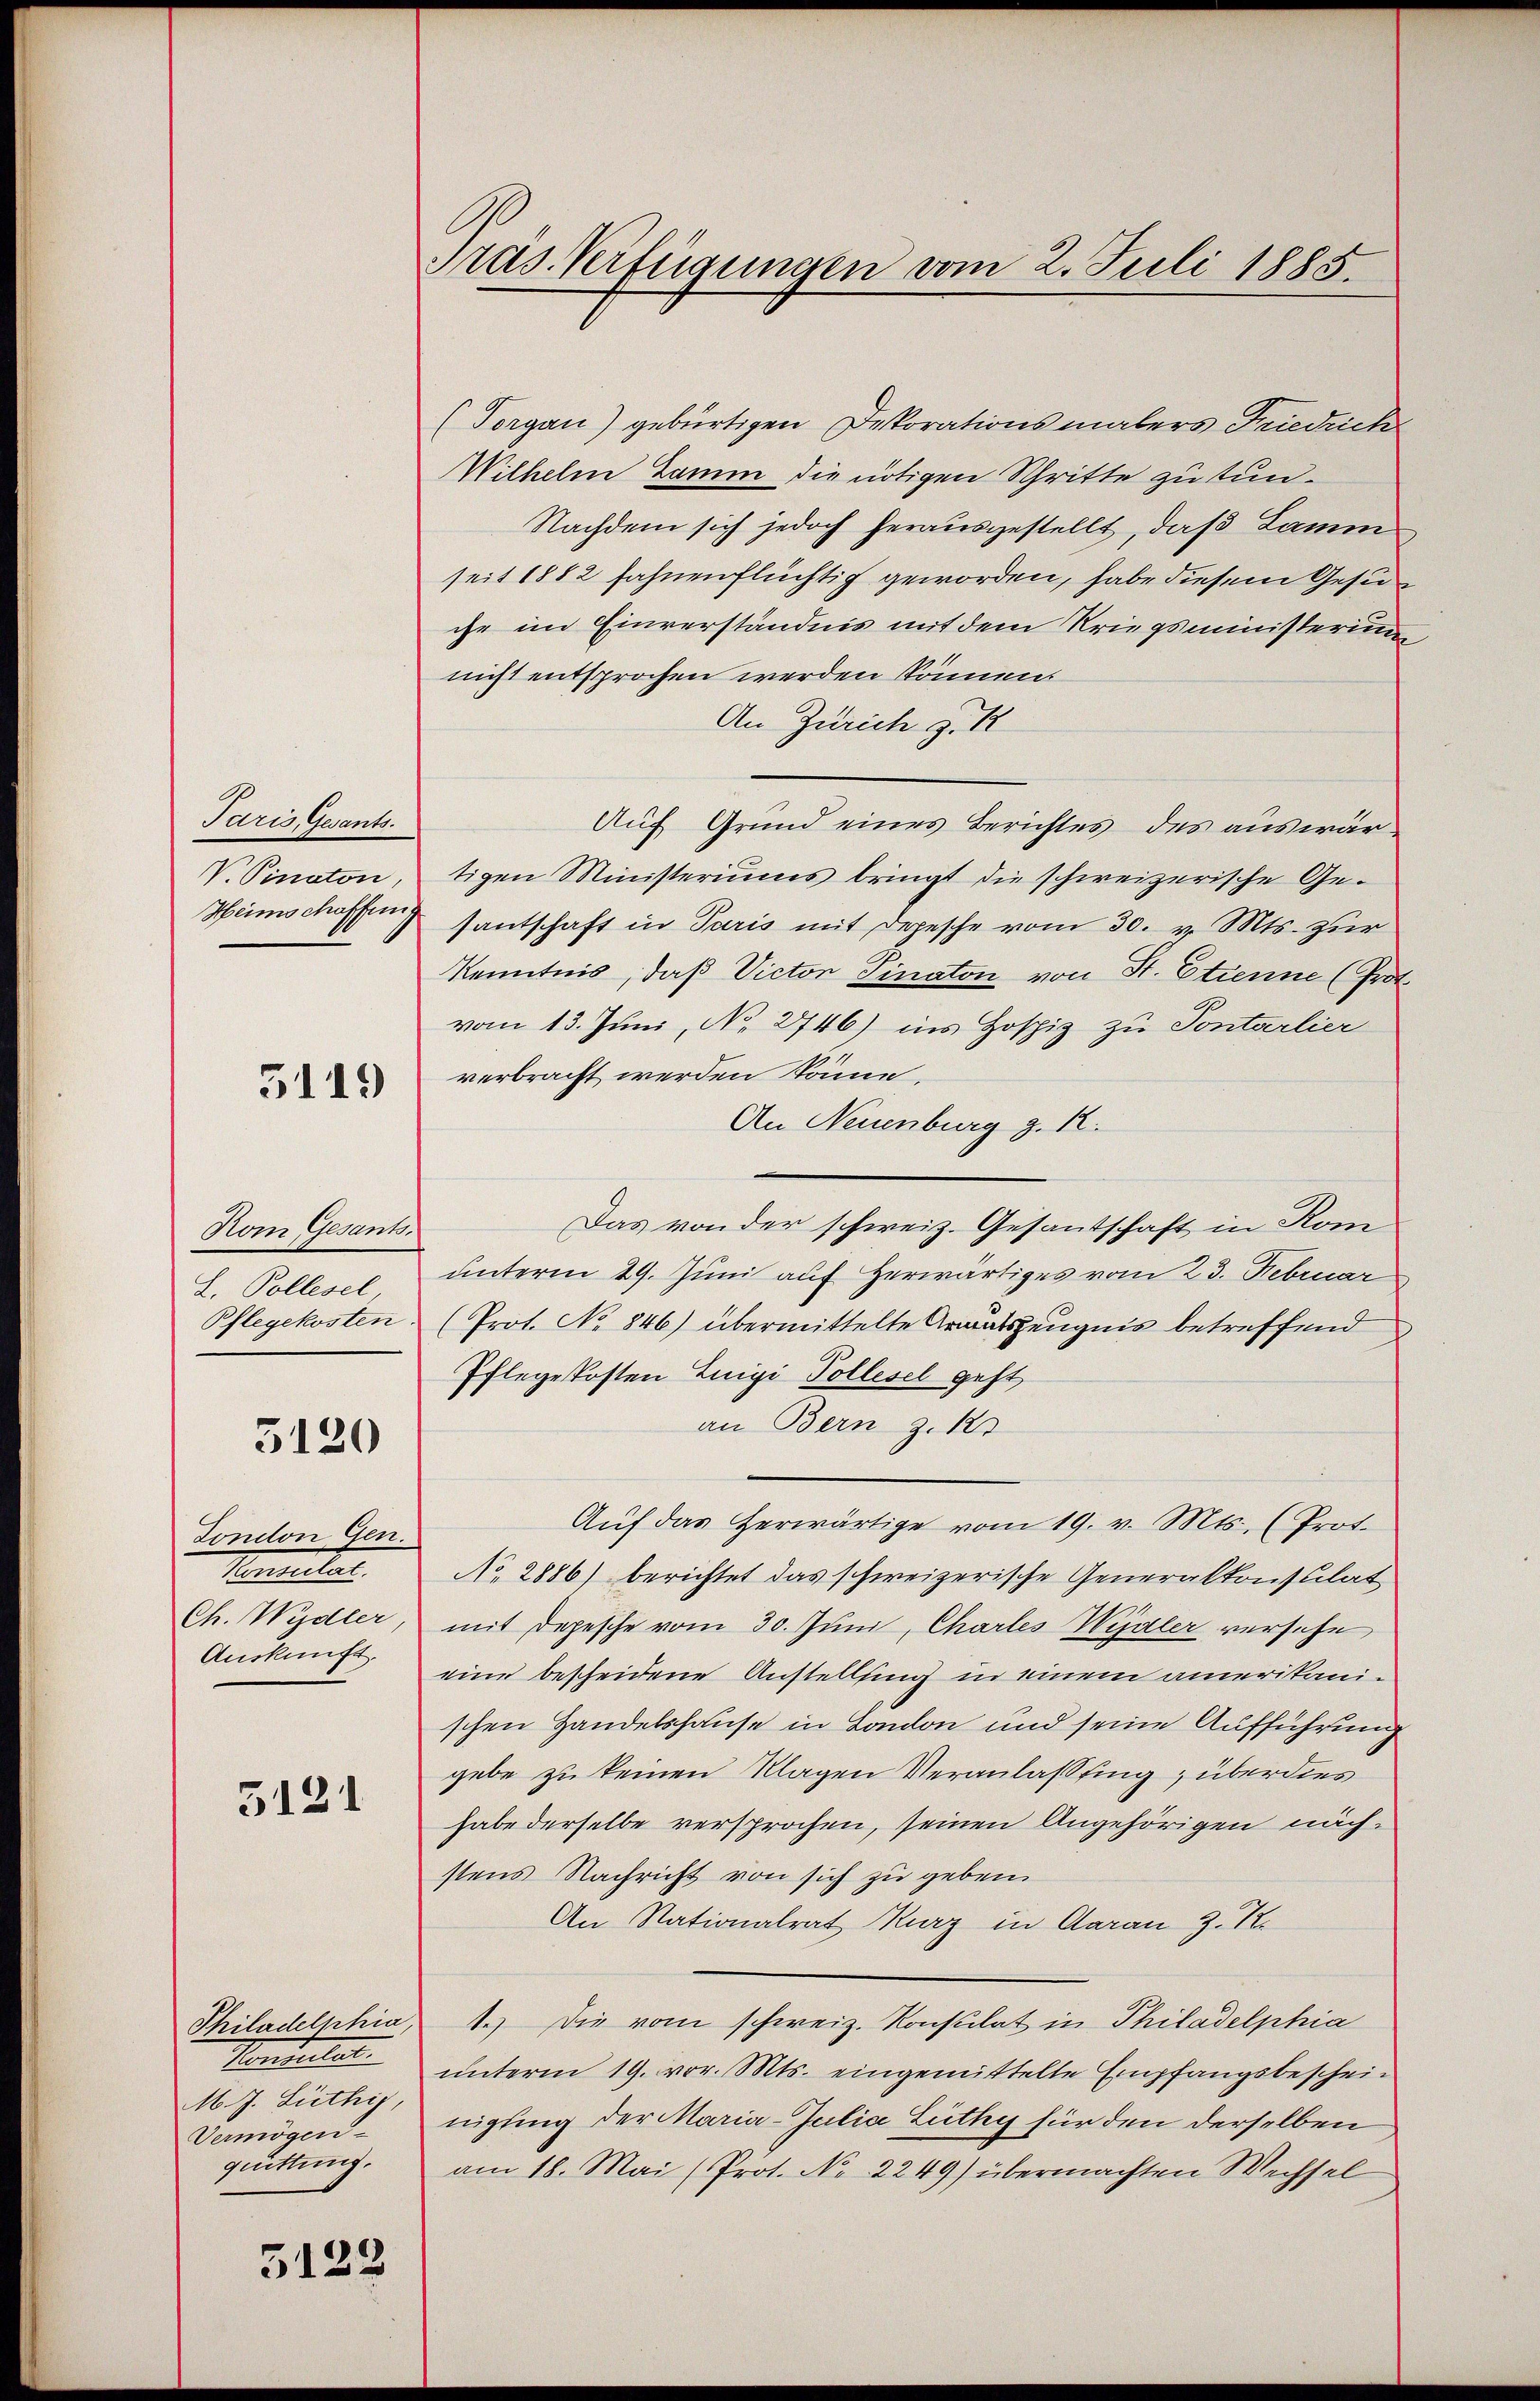
Paris Gesants.
V. Pinaton,
Heimschoffeng

5119

Kom Gesants.
L. Pollesel
Pflegekosten.

5120

Sondon Gen.
Koitel.
Ch. Wydler,
Auskunft.

5121

Philadelphia
Mandelt.
M. J. Lüthig,
Vermögen.
quittung.

5122

Pras Verfügungen vom 2. Juli 1885.

(Torgan) gebürtigen Dekorationsmalers Friedrich
Wilhelm tam die nötigen Schritte zu tun¬
Nachdem sich jedoch herausgestellt, daß Lamm
seit 1882 fahnenflüchtig geworden, habe diesem Gesuche im Einverständnis mit dem Kriegsministerium
nicht entsprochen werden können.
An Zürich z. K
Auf Grund eines Berichtes des auswärtigen Ministeriums bringt die schweizerische Gesantschaft in Paris mit Depesche vom 30. v. Mts. zur
Kenntnis, daß Victor Pinaton von St. Etienne (Prot.
vom 13. Juni, No. 2746) ins Hospiz zu Pontarlier
verbracht werden könne.
An Neuenburg z. K.
Das von der schweiz. Gesantschaft in Kom
unterm 29. Juni auf Herwärtiges vom 23. Februar
(Prot. No 846) übermittelte Armatszeugnis betreffend
Pflegekosten Luigi Pollisel geht,
an Bern z. R.
Aŭf das herwärtige vom 19. v. Mts., (Prot.
No. 2886) berichtet das schweizerische Generalkonsulat
mit Depesche vom 30. Juni, Chartes Wydler versehe,
eine bescheidene Anstelling in einem amerikanischen Handelshause in London und seine Aufführung
gebe zu keinen Klagen Veranlassung, überdies
habe derselbe versprochen, seinen Angehörigen nächstens Nachricht von sich zu geben
An Nationalrat Kurz in Aaran z. K.
1.) Die vom schweiz. Konstilat in Philadelphia
unterm 19. vor. Mts. eingemittelte Empfangsbescheinigung der Maria-Julia Lüthy für den derselben
am 18. Mai (Prot. No. 2249) übermachten Wechsel